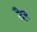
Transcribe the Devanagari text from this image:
दैर